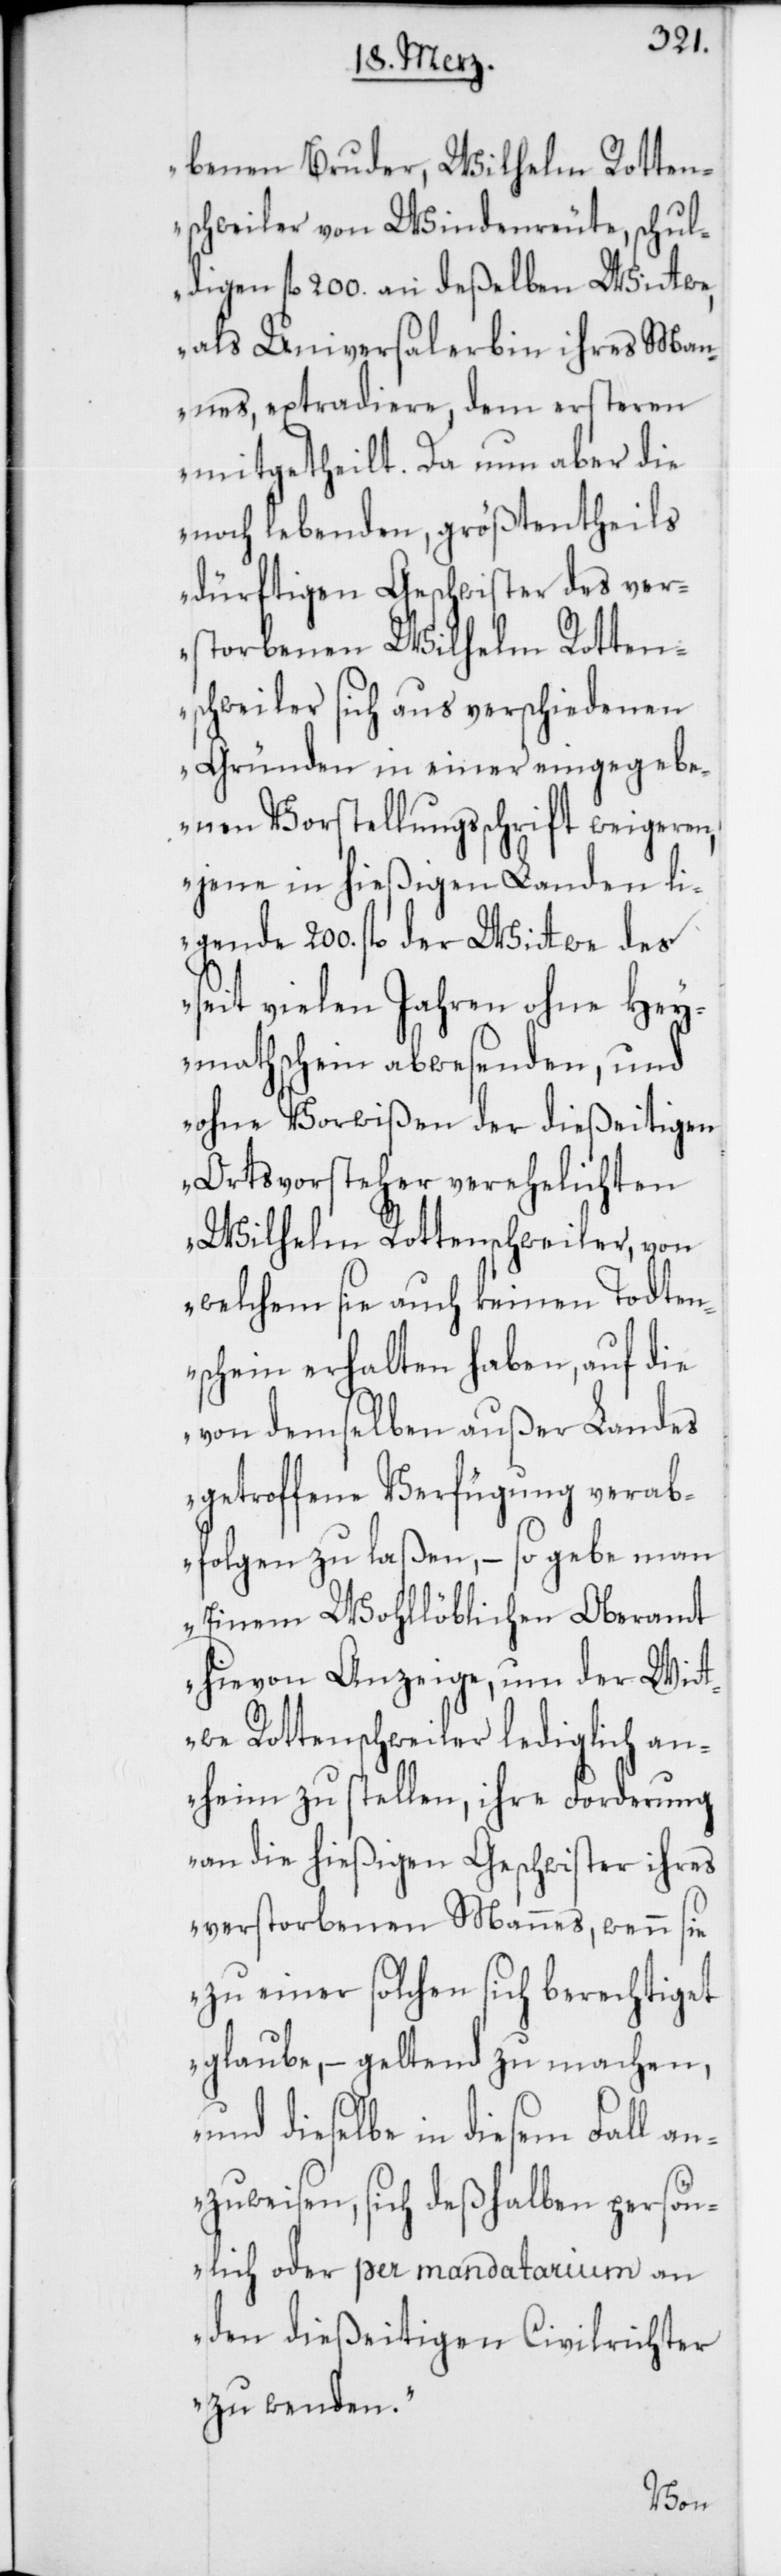
benen Bruder, Wilhelm Rotten¬
schweiler von Windenreute, schul¬
digen fl. 200. an deßelben Witwe,
als Universalerbin ihres Man¬
nes, extradiere, dem ersteren
mitgetheilt. Da nun aber die
noch lebenden, größtentheils
dürftigen Geschwister des ver¬
storbenen Wilhelm Rotten¬
schweiler sich aus verschiedenen
Gründen in einer eingegebe¬
nen Vorstellungsschrift weigeren,
jene in hießigen Landen li¬
gende 200. fl. der Witwe des
seit vielen Jahren ohne Hey¬
mathschein abwesenden, und
ohne Vorwißen der dießeitigen
Ortsvorsteher verehelichten
Wilhelm Rottenschweiler, von
welchem sie auch keinen Todten¬
schein erhalten haben, auf die
von demselben außer Landes
getroffene Verfügung verab¬
folgen zu laßen, – so gebe man
Einem Wohllöblichen Oberamt
hievon Anzeige, um der Wit¬
we Rottenschweiler lediglich an¬
heim zu stellen, ihre Forderung
an die hießigen Geschwister ihres
verstorbenen Mannes, wenn sie
zu einer solchen sich berechtiget
glaube, – geltend zu machen,
und dieselbe in diesem Fall an¬
zuweisen, sich deshalben persön¬
lich oder per mandatarium an
den dießeitigen Civilrichter
zu wenden.“